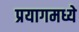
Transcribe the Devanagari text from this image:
प्रयागमध्ये